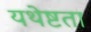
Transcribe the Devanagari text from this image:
यथेष्टता